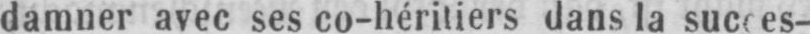
damner avec ses co-héritiers dans la succes-